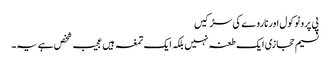
پی پروٹو کول اور ناروے کی سڑکیں
نسیم حجازی ایک طعنہ نہیں بلکہ ایک تمغہ ہیں	عجیب شخص ہے یہ۔